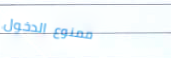
ممنوع الدخول